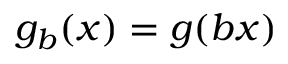
g _ { b } ( x ) = g ( b x )